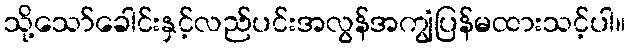
သို့သော်ခေါင်းနှင့်လည်ပင်းအလွန်အကျွံပြန်မထားသင့်ပါ။